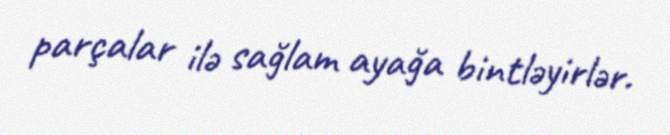
parçalar ilə sağlam ayağa bintləyirlər.